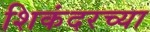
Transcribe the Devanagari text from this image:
शिकंदरच्या